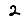
Digit: 2